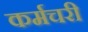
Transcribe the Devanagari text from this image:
कर्मचरी